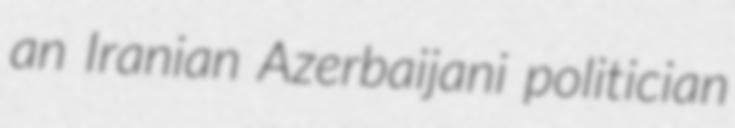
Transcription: an Iranian Azerbaijani politician